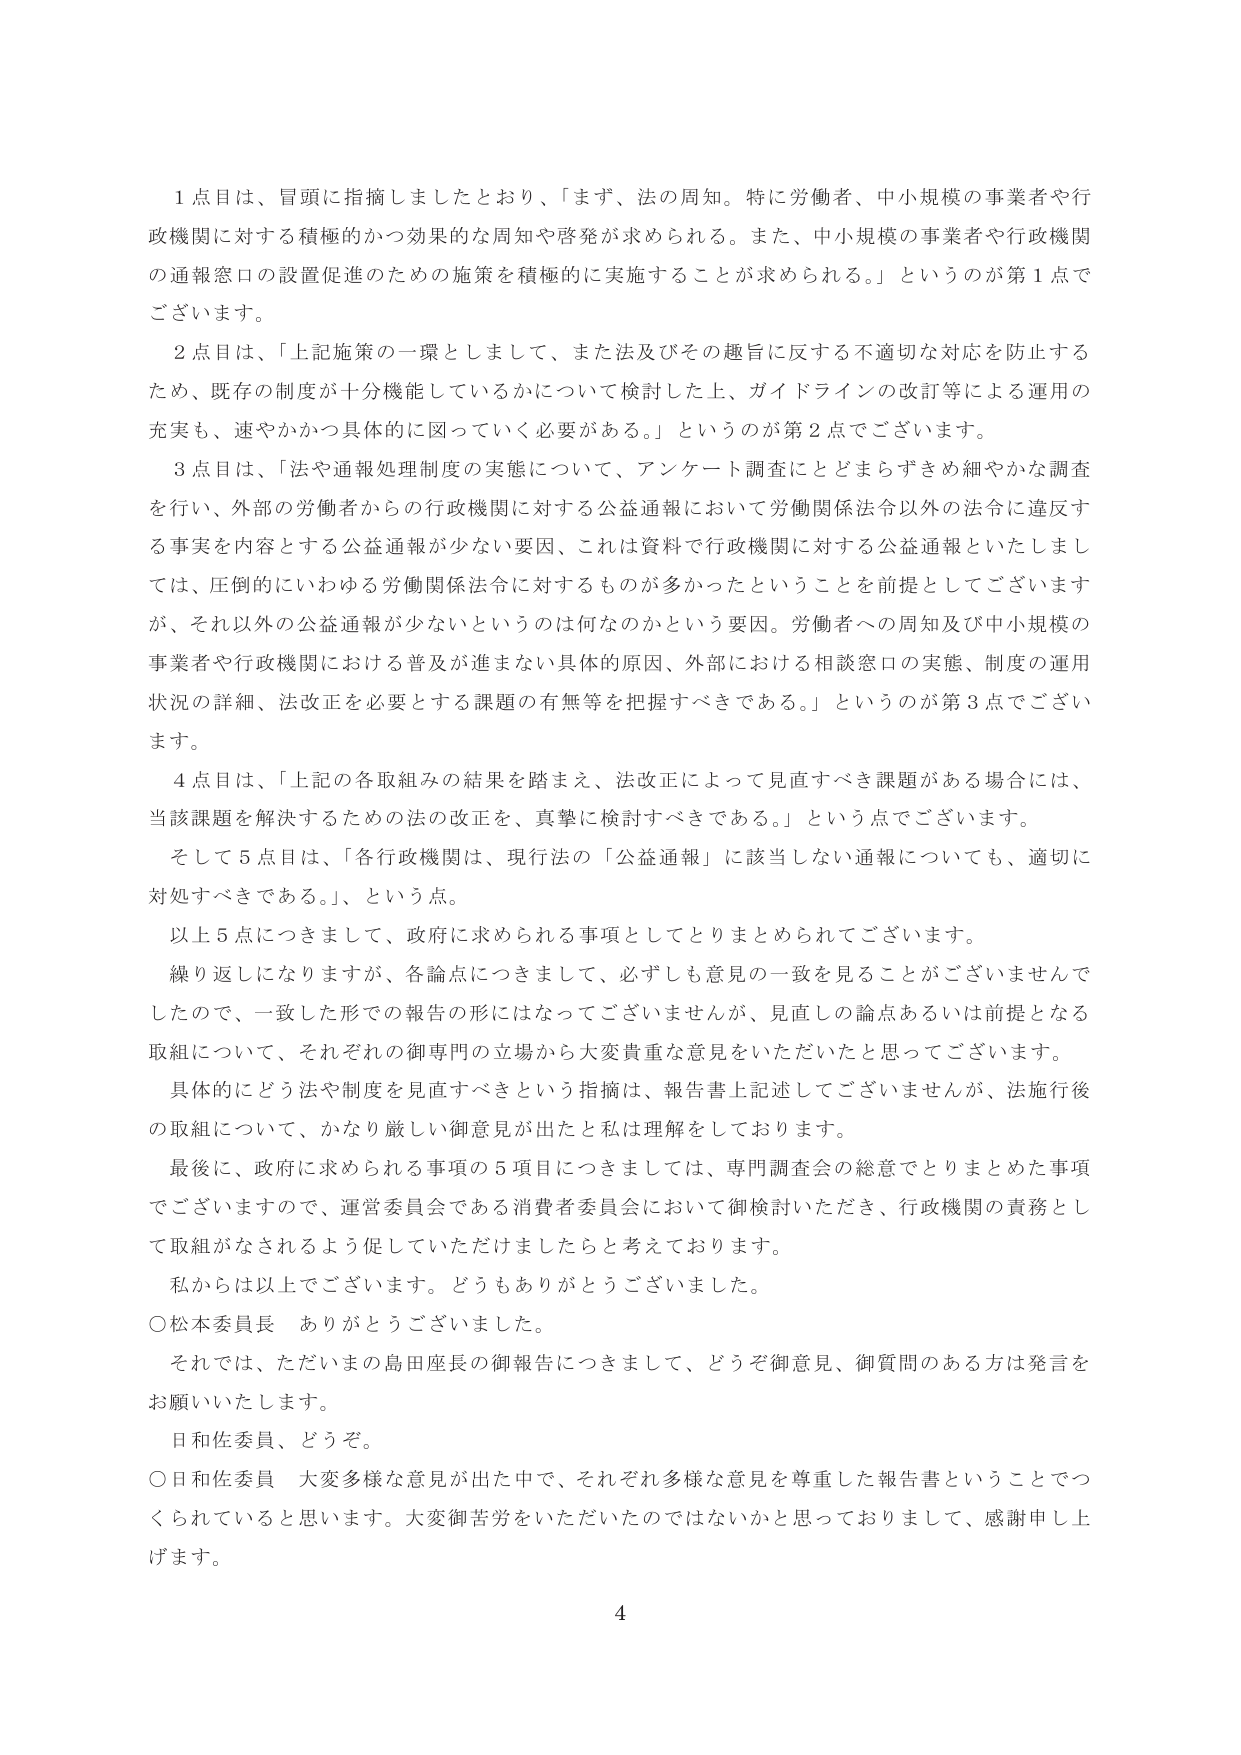
１点目は、冒頭に指摘しましたとおり、「まず、法の周知。特に労働者、中小規模の事業者や行政機関に対する積極的かつ効果的な周知や啓発が求められる。また、中小規模の事業者や行政機関の通報窓口の設置促進のための施策を積極的に実施することが求められる。」というのが第１点でございます。

２点目は、「上記施策の一環としまして、また法及びその趣旨に反する不適切な対応を防止するため、既存の制度が十分機能しているかについて検討した上、ガイドラインの改訂等による運用の充実も、速やかかつ具体的に図っていく必要がある。」というのが第２点でございます。

３点目は、「法や通報処理制度の実態について、アンケート調査にとどまらずきめ細やかな調査を行い、外部の労働者からの行政機関に対する公益通報において労働関係法令以外の法令に違反する事実を内容とする公益通報が少ない要因、これは資料で行政機関に対する公益通報といたしましては、圧倒的にいわゆる労働関係法令に対するものが多かったということを前提としてございますが、それ以外の公益通報が少ないというのは何なのかという要因。労働者への周知及び中小規模の事業者や行政機関における普及が進まない具体的な原因、外部における相談窓口の実態、制度の運用状況の詳細、法改正を必要とする課題の有無等を把握すべきである。」というのが第３点でございます。

４点目は、「上記の各取組みの結果を踏まえ、法改正によって見直すべき課題がある場合には、当該課題を解決するための法の改正を、真摯に検討すべきである。」という点でございます。

そして５点目は、「各行政機関は、現行法の「公益通報」に該当しない通報についても、適切に対処すべきである。」という点。

以上５点につきまして、政府に求められる事項としてとりまとめられてございます。

繰り返しになりますが、各論点につきまして、必ずしも意見の一致を見ることがございませんでしたので、一致した形での報告の形にはなってございませんが、見直しの論点あるいは前提となる取組について、それぞれの御専門の立場から大変貴重な意見をいただいたと思ってございます。

具体的にどう法や制度を見直すべきという指摘は、報告書上記述してございませんが、法施行後の取組について、かなり厳しい御意見が出たと私は理解をしております。

最後に、政府に求められる事項の５項目につきましては、専門調査会の総意でとりまとめた事項でございますので、運営委員会である消費者委員会において御検討いただき、行政機関の責務として取組がなされるよう促していただけましたらと考えております。

私からは以上でございます。どうもありがとうございました。

○松本委員長　ありがとうございます。

それでは、ただいまの島田座長の御報告につきまして、どうぞ御意見、御質問のある方は発言をお願いいたします。

日和佐委員、どうぞ。

○日和佐委員　大変多様な意見が出た中で、それぞれ多様な意見を尊重した報告書ということでつくられていると思います。大変御苦労をいただいたのではないかと思っておりまして、感謝申し上げます。

4